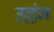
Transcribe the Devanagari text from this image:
उल्लंन